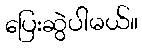
ပြေးဆွဲပါမယ်။